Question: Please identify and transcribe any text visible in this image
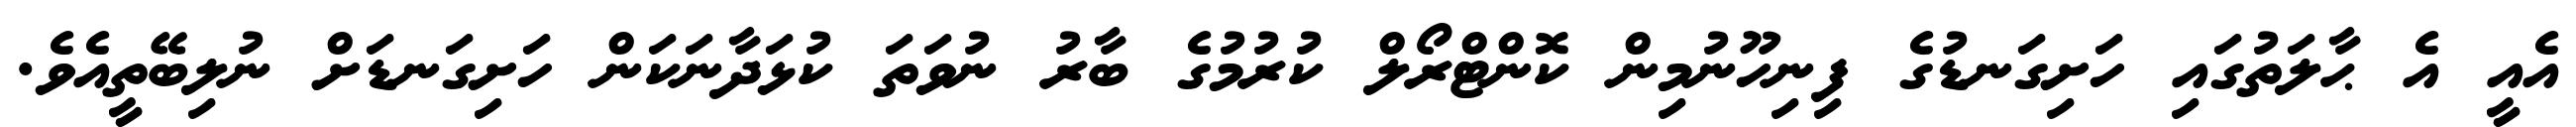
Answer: އެއީ އެ ޙާލަތުގައި ހަށިގަނޑުގެ ފިނިހޫނުމިން ކޮންޓްރޯލް ކުރުމުގެ ބާރު ނުވަތަ ކުޅަދާނަކަން ހަށިގަނޑަށް ނުލިބޭތީއެވެ.